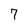
Character: 7